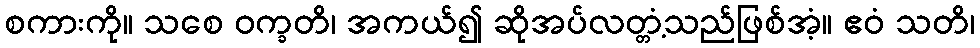
စကားကို။ သစေ ဝက္ခတိ၊ အကယ်၍ ဆိုအပ်လတ္တံ့သည်ဖြစ်အံ့။ ဧဝံ သတိ၊